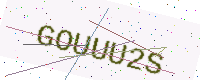
Text: GOUUU2S